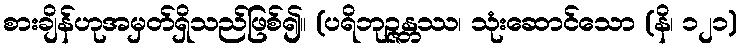
စားချိန်ဟုအမှတ်ရှိသည်ဖြစ်၍။ (ပရိဘုဉ္ဇန္တဿ၊ သုံးဆောင်သော (နိ၊ ၁၂၁)